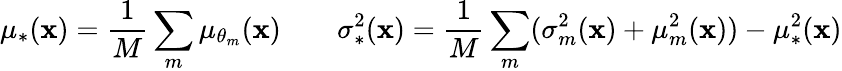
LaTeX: \mu_{*}(\mathbf{x})=\frac{{1}}{{M}}\sum_{m}\mu_{\theta_{m}}(\mathbf{x})\quad\quad\sigma_{*}^{2}(\mathbf{x})=\frac{{1}}{{M}}\sum_{m}(\sigma_{m}^{2}(\mathbf{x})+\mu_{m}^{2}(\mathbf{x}))-\mu_{*}^{2}(\mathbf{x})